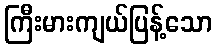
ကြီးမားကျယ်ပြန့်သော